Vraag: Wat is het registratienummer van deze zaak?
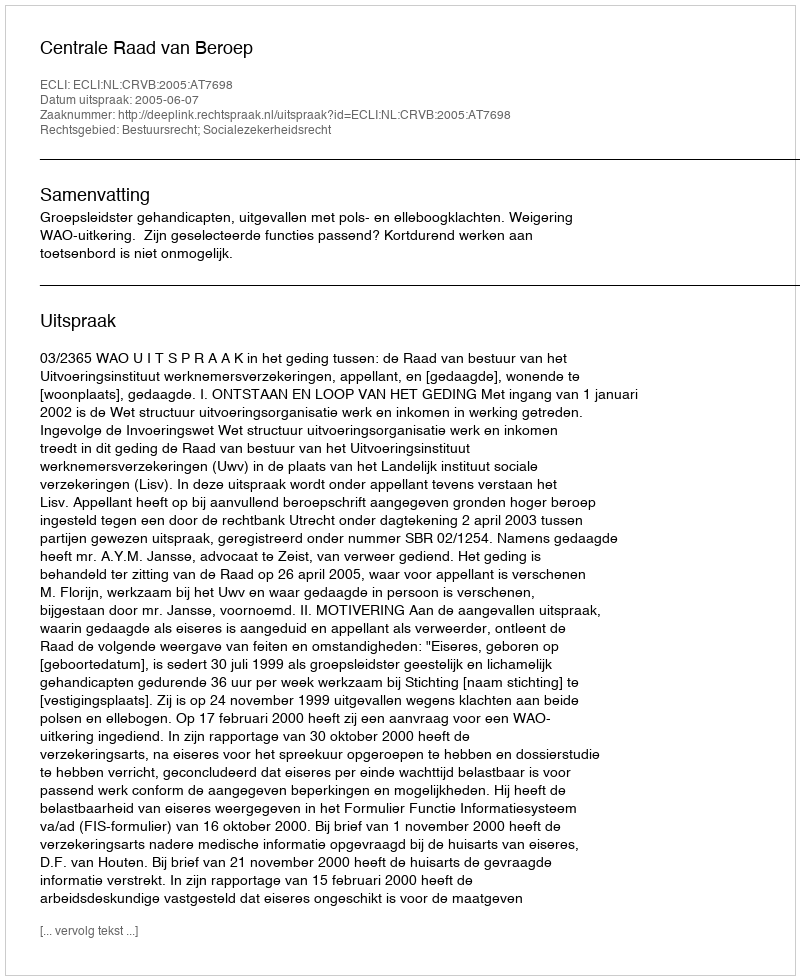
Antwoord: http://deeplink.rechtspraak.nl/uitspraak?id=ECLI:NL:CRVB:2005:AT7698